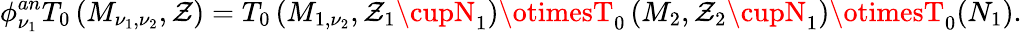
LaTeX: \phi_{\nu_{1}}^{an}T_{0}\left(M_{\nu_{1},\nu_{2}},\mathcal{Z}\right)=T_{0}\left(M_{1,\nu_{2}},\mathcal{Z}_{1}\cupN_{1}\right)\otimesT_{0}\left(M_{2},\mathcal{Z}_{2}\cupN_{1}\right)\otimesT_{0}(N_{1}).